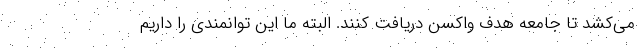
می‌کشد تا جامعه هدف واکسن دریافت کنند. البته ما این توانمندی را داریم